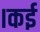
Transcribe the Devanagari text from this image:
।कई